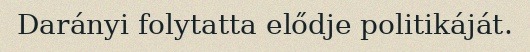
Darányi folytatta elődje politikáját.